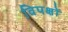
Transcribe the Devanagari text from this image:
विपक्षों